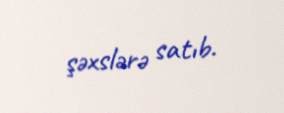
şəxslərə satıb.